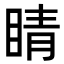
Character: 睛